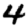
Digit: 4